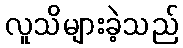
လူသိများခဲ့သည်